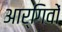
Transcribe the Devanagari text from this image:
आर्गिवों